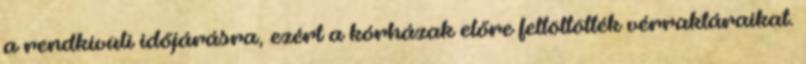
a rendkívüli időjárásra, ezért a kórházak előre feltöltötték vérraktáraikat.